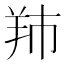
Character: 䍨